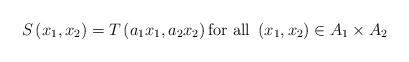
LaTeX: \begin{align*}S\left( x_{1},x_{2}\right) =T\left( a_{1}x_{1},a_{2}x_{2}\right) \text{for all }\left( x_{1},x_{2}\right) \in A_{1}\times A_{2}\end{align*}